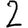
Digit: 2